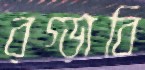
রগ্‌ড়াবি